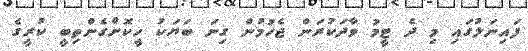
ފައިނަލުގައި މި ދެ ޓީމު ވާދަކުރަން ޖެހުމުން ގިނަ ބަޔަކު ހީކޮށްގެންތިބީ ކުރީގެ